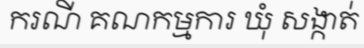
ករណី គណកម្មការ ឃុំ សង្កាត់